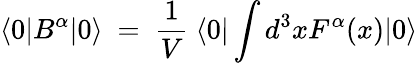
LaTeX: \langle 0|B^{\alpha}|0\rangle\ =\ \frac 1V\ \langle 0|\int d^{3}xF^{\alpha}(x)|0\rangle